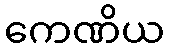
ကေဏိယ